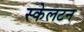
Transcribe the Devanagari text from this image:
स्केलटन